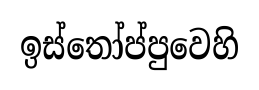
ඉස්තෝප්පුවෙහි